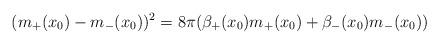
LaTeX: \begin{align*}(m_+(x_0)-m_-(x_0))^2=8\pi(\beta_+(x_0) m_+(x_0)+\beta_-(x_0)m_-(x_0)) \end{align*}